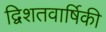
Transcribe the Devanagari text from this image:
द्विशतवार्षिकी